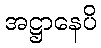
အဋ္ဌာနေပိ